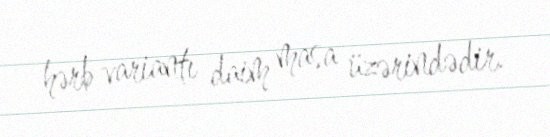
hərb variantı daim masa üzərindədir.